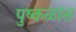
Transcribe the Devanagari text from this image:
पुष्कळांस